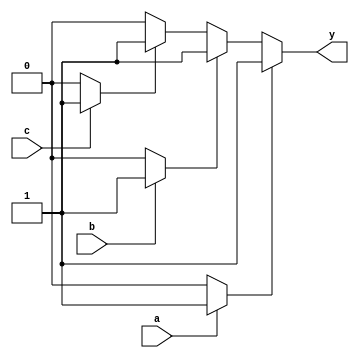
module multiple_drivers_example (
    input wire a,
    input wire b,
    input wire c,
    output wire y
);

// Signal declaration
wire driver1_out;
wire driver2_out;
wire driver3_out;

// Driver assignments with conditions
assign driver1_out = (a) ? 1'b1 : 1'b0; // Driver 1 drives high if 'a' is high
assign driver2_out = (b) ? 1'b1 : 1'b0; // Driver 2 drives high if 'b' is high
assign driver3_out = (c) ? 1'b1 : 1'b0; // Driver 3 drives high if 'c' is high

// Resolution strategy: Prioritize driver1 > driver2 > driver3
assign y = (driver1_out) ? driver1_out :
           (driver2_out) ? driver2_out :
           (driver3_out) ? driver3_out : 1'b0; // Default to 0 if none are driving

endmodule